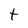
Character: t